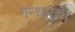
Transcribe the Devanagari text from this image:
गन्धाढ्य